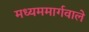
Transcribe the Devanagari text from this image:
मध्यममार्गवाले